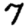
Digit: 7